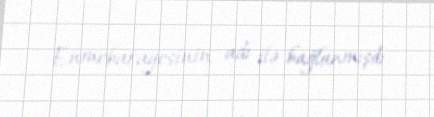
Enmebaragesinin adı ilə bağlanmışdı.